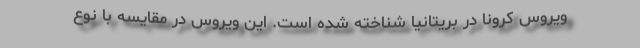
ویروس کرونا در بریتانیا شناخته شده است. این ویروس در مقایسه با نوع